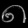
Digit: ၈